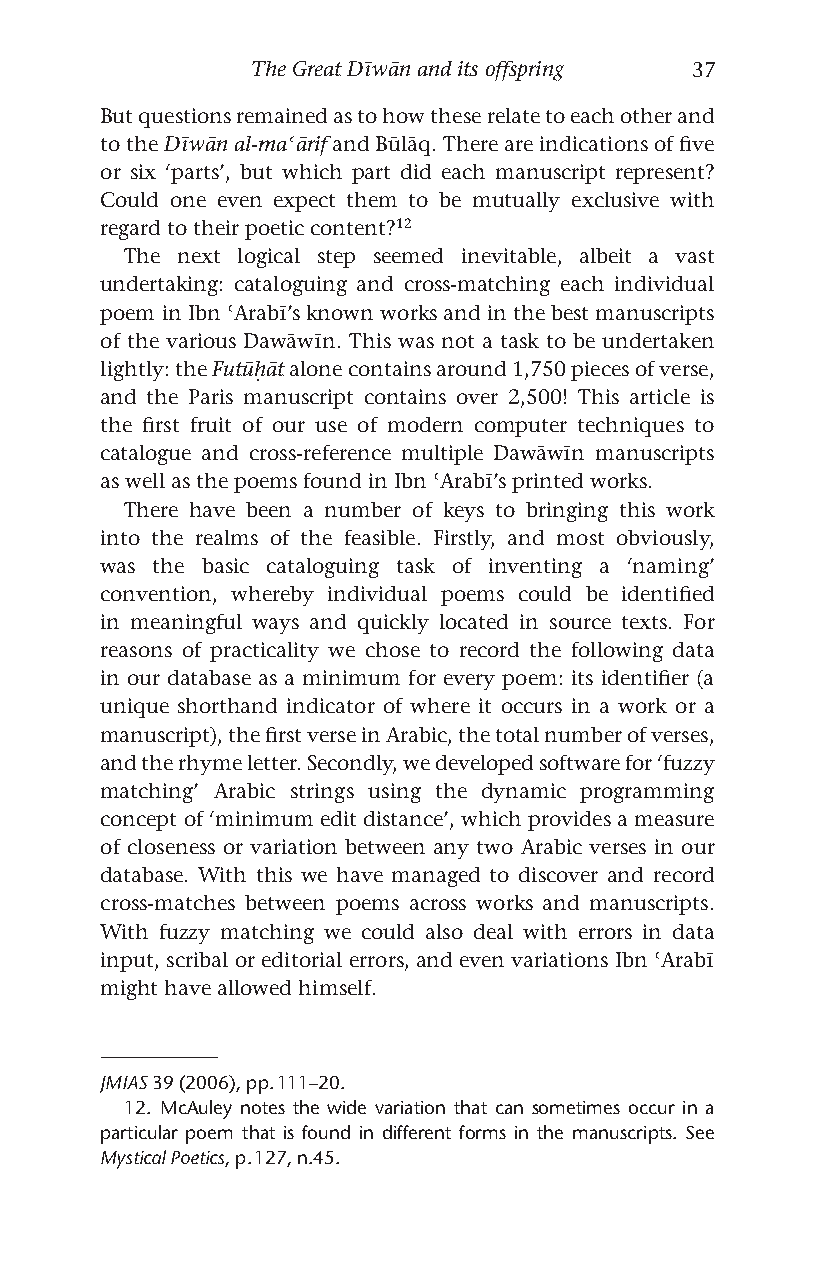
The Great Dīwān and its offspring 37
 But questions remained as to how these relate to each other and
 to the Dīwān al-maʿārif and Būlāq. There are indications of five
 or six ‘parts’, but which part did each manuscript represent?
 Could one even expect them to be mutually exclusive with
 regard to their poetic content?12
 The next logical step seemed inevitable, albeit a vast
 undertaking: cataloguing and cross-matching each individual
 poem in Ibn ʿArabī’s known works and in the best manuscripts
 of the various Dawāwīn. This was not a task to be undertaken
 lightly: the Futūḥāt alone contains around 1,750 pieces of verse,
 and the Paris manuscript contains over 2,500! This article is
 the first fruit of our use of modern computer techniques to
 catalogue and cross-reference multiple Dawāwīn manuscripts
 as well as the poems found in Ibn ʿArabī’s printed works.
 There have been a number of keys to bringing this work
 into the realms of the feasible. Firstly, and most obviously,
 was the basic cataloguing task of inventing a ‘naming’
 convention, whereby individual poems could be identified
 in meaningful ways and quickly located in source texts. For
 reasons of practicality we chose to record the following data
 in our database as a minimum for every poem: its identifier (a
 unique shorthand indicator of where it occurs in a work or a
 manuscript), the first verse in Arabic, the total number of verses,
 and the rhyme letter. Secondly, we developed software for ‘fuzzy
 matching’ Arabic strings using the dynamic programming
 concept of ‘minimum edit distance’, which provides a measure
 of closeness or variation between any two Arabic verses in our
 database. With this we have managed to discover and record
 cross-matches between poems across works and manuscripts.
 With fuzzy matching we could also deal with errors in data
 input, scribal or editorial errors, and even variations Ibn ʿArabī
 might have allowed himself.
 JMIAS 39 (2006), pp. 111–20.
 12. McAuley notes the wide variation that can sometimes occur in a
 particular poem that is found in different forms in the manuscripts. See
 Mystical Poetics, p. 127, n.45.